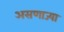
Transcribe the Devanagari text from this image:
असणाज्या